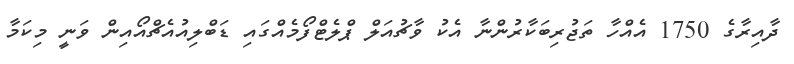
ދާއިރާގެ 1750 އެއްހާ ތަޖުރިބަކާރުންނާ އެކު ވާޗުއަލް ޕްލެޓްފޯމެއްގައި ޑަބްލިއުއެޗްއޯއިން ވަނީ މިކަމާ